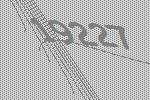
19227